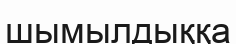
шымылдыққа